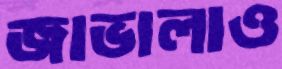
জাভালাও